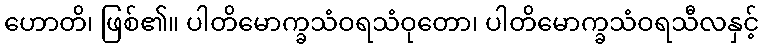
ဟောတိ၊ ဖြစ်၏။ ပါတိမောက္ခသံဝရသံဝုတော၊ ပါတိမောက္ခသံဝရသီလနှင့်